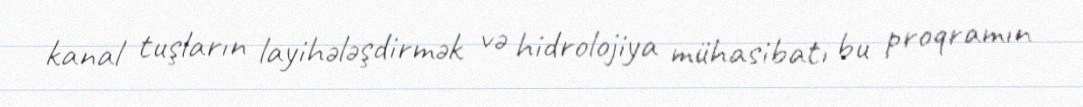
kanal tuşların layihələşdirmək və hidrolojiya mühasibatı bu proqramın